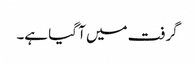
گرفت میں آ گیا ہے۔